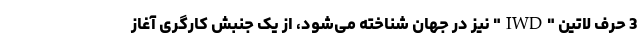
3 حرف لاتین "IWD" نیز در جهان شناخته می‌شود، از یک جنبش کارگری آغاز